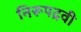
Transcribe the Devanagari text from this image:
निरूपद्रवी